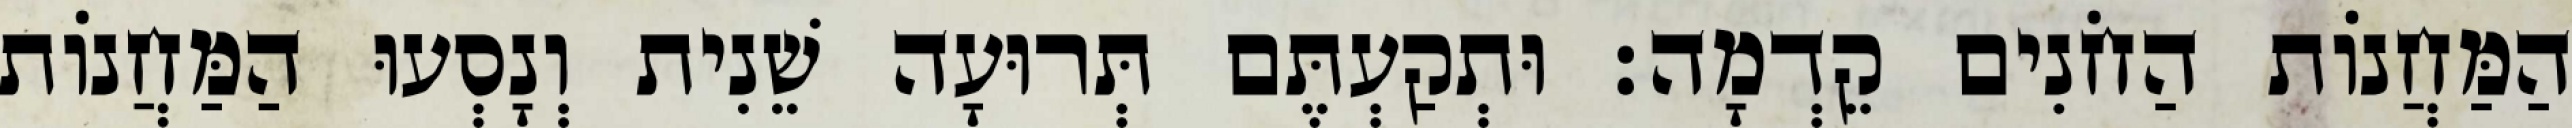
הַמַּחֲנוֹת הַחֹנִים קֵדְמָה׃ וּתְקַעְתֶּם תְּרוּעָה שֵׁנִית וְנָסְעוּ הַמַּחֲנוֹת